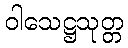
ဝါသေဋ္ဌသုတ္တ